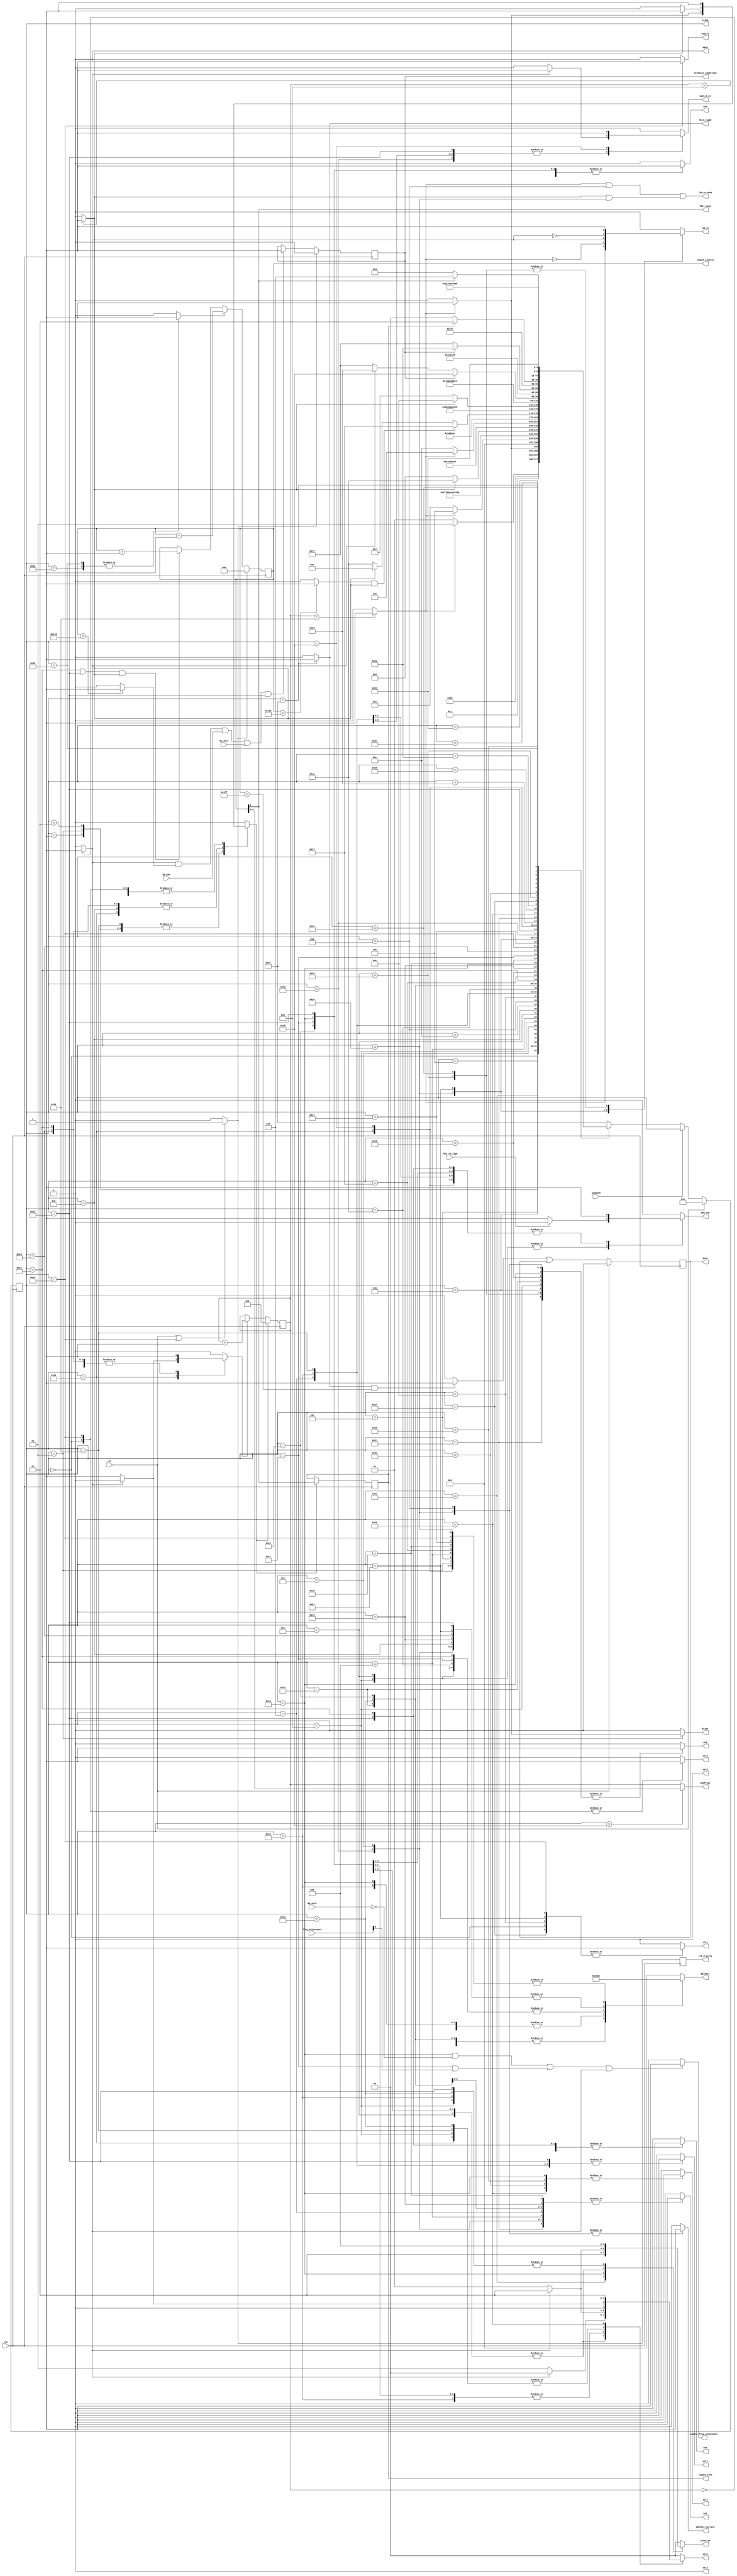
//////////////////////////////////////////////////////////////////////////////////
// Company: COSIC KU Leuven
// 
// Design Name: 
// Module Name:    scalarconv_tnaf 
// Project Name: 
// Target Devices: 
// Tool versions: 
// Description: 
//
// Dependencies: 
//
// Revision: 
// Revision 0.01 - File Created
// Additional Comments: 
//
//////////////////////////////////////////////////////////////////////////////////
module scalarconv_tnaf(clk, rst, suspend, Tbit_no_sign, b0_one, b1_zero, M4_out0, flag_adjustment,
			rst_d_carry, en1, en2, clr1, clr2, sel1, sel2, sel3, sel6, sel7, Tbit_sign, mask, mask_d_en, enable_flag_adjustment,
			add_sub, carry_en, lsb_en, lsb_en_mode, address_carryin, R1set, Cen, Cshift, terminal_condition,
			BaseSel, SCOffset, wea, length_even, Tbit_ready, done, 
			state, length_counter);

						
input clk, rst;
input suspend;		// When this is high, the state-machine halts 
input Tbit_no_sign;	// used as a control for addition/subtraction during computation of b0
input b0_one, b1_zero; // used to check terminal conditions during tau-NAF generation
input M4_out0;				// used during the final adjustment after scalar multiplication.
input [1:0] flag_adjustment;

output reg rst_d_carry, en1, en2, clr1, clr2, sel1, sel7, R1set, Cen, Cshift;
output terminal_condition, enable_flag_adjustment;
output reg add_sub, lsb_en, address_carryin, wea, mask_d_en;
output reg [1:0] sel2, carry_en;
output reg [2:0] BaseSel; 
//output [3:0] ROMBaseSel;
output [4:0] SCOffset;
output sel3, sel6, Tbit_sign, mask, lsb_en_mode;
output reg length_even;	// This is 1 when the length of the TNAF generated is even.
output Tbit_ready;
output reg done;

output [5:0] state;
output [8:0] length_counter;

assign {sel3, sel6, mask} = 3'b000;
//assign ROMBaseSel = 4'd3;

reg [4:0] word_counter;
reg [8:0] length_counter;
reg [5:0] state, nextstate;
reg clr_wc, inc_wc, dec_length;

wire wc_full, wc_half, wc_zero, lc_full;
wire length_counter_large, terminal_condition_wire;	// used to check terminal conditions
reg terminal_condition;
wire done_wire;
wire rst_or_state_is30;

always @(posedge clk)
begin
	if(clr_wc)
		word_counter<=5'd0;
	else if(inc_wc)
		word_counter<=word_counter+1'b1;
	else
		word_counter<=word_counter;
end
	
always @(posedge clk)
begin
	if(rst_or_state_is30)
		length_counter <= 9'd0;
	else if(dec_length)
		length_counter <= length_counter - 1'b1;	
	else if((state==6'd22 || state==6'd35) & wc_half)
		length_counter <= length_counter + 1'b1;
	else
		length_counter <= length_counter;
end


assign wc_full = (word_counter==6'd17) ? 1'b1 : 1'b0;
assign wc_half = (word_counter==6'd8) ? 1'b1 : 1'b0;
assign wc_zero = (word_counter==6'd0) ? 1'b1 : 1'b0;
assign lc_full = (length_counter==9'd282) ? 1'b1 : 1'b0;
assign lsb_en_mode = (wc_full & (state==6'd13)) | (wc_half & (state==6'd32));
	
// check terminal conditions
assign length_counter_large = (length_counter>9'd280) ? 1'b1 : 1'b0;
assign terminal_condition_wire = wc_zero & length_counter_large & b0_one & b1_zero & (state==6'd35);
assign Tbit_sign = length_counter[0];
assign enable_flag_adjustment = (((state==6'd26 && M4_out0==1'b0)|(state==6'd28 && flag_adjustment[0]==1'b1)) & wc_zero)? 1'b1 : 1'b0;
assign rst_or_state_is30 = (rst | (state==6'd30)) ? 1'b1 : 1'b0;

always @(posedge clk)
rst_d_carry <= rst_or_state_is30;

always @(posedge clk)	// delayed by one cycle to enable checking in state 36;
begin
	if(rst_or_state_is30)
		terminal_condition<=1'b0;
	else if(terminal_condition_wire)
		terminal_condition<=1'b1;
	else 
		terminal_condition<=terminal_condition;
end
always @(posedge clk)
begin
	if(clr_wc)	// This is 1 for the last time in state42
		length_even<=length_counter[0];
	else	
		length_even<=length_even;
end
		
always @(posedge clk)
begin
	if(rst)
		state<=6'd0;
	else if(suspend)
		state<=state;
	else
		state<=nextstate;
end		


always @(state or wc_full or wc_half or wc_zero or M4_out0 or flag_adjustment[0] or Tbit_no_sign)
begin
	case(state)
	6'd0: begin		// RST state; CL<--0;
			en1<=1'b0; en2<=1'b0; clr1<=1'b1; clr2<=1'b1; clr_wc<=1'b1; inc_wc<=1'b0; dec_length<=1'b0;
			BaseSel<=3'd0; sel1<=1'b0; sel2<=2'd0; sel7<=1'b0; add_sub<=1'b0; carry_en<=2'd0; lsb_en<=1'b0;
			R1set<=1'b0; Cen<=1'b1; Cshift<=1'b0; address_carryin<=1'b0; wea<=1'b0; mask_d_en<=1'b0;
			end

	////////	 Start of Initial Loading		////////
	6'd1: begin		// Load 0 in d1 (address 18..);
			en1<=1'b0; en2<=1'b0; clr1<=1'b0; clr2<=1'b0; inc_wc<=1'b1; dec_length<=1'b0;
			BaseSel<=3'd1; sel1<=1'b0; sel2<=2'd0; sel7<=1'b0; add_sub<=1'b0; carry_en<=2'd0; lsb_en<=1'b0;
			R1set<=1'b0; Cen<=1'b0; Cshift<=1'b0; address_carryin<=1'b0; wea<=1'b1; mask_d_en<=1'b0;
			if(wc_full) clr_wc<=1'b1; else clr_wc<=1'b0;
			end

	6'd2: begin		// Load 0 in {b0, b1} (address 208..);
			en1<=1'b0; en2<=1'b0; clr1<=1'b0; clr2<=1'b0; inc_wc<=1'b1; dec_length<=1'b0;
			BaseSel<=3'd2; sel1<=1'b0; sel2<=2'd0; sel7<=1'b0; add_sub<=1'b0; carry_en<=2'd0; lsb_en<=1'b0;
			R1set<=1'b0; Cen<=1'b1; Cshift<=1'b0; address_carryin<=1'b0; wea<=1'b1; mask_d_en<=1'b0;
			if(wc_full) begin clr_wc<=1'b1; R1set<=1'b1; end
			else begin clr_wc<=1'b0; R1set<=1'b0; end
			end


	6'd3: begin		// Set a0[0]<--1 and rest of a0, a1=0 (address 54..);
			en1<=1'b0; en2<=1'b0; clr1<=1'b0; clr2<=1'b0; inc_wc<=1'b1; clr_wc<=1'b0; dec_length<=1'b0;
			BaseSel<=3'd3; sel1<=1'b0; sel2<=2'd0; sel7<=1'b0; add_sub<=1'b0; carry_en<=2'd0; lsb_en<=1'b0;
			R1set<=1'b0; Cen<=1'b1; Cshift<=1'b0; address_carryin<=1'b0; wea<=1'b1; mask_d_en<=1'b0;
			if(wc_full) clr_wc<=1'b1; else clr_wc<=1'b0;
			end

	////////	 END of Initial Loading		////////

	
	/////	Before starting computation, set the d0even flag when d0 (i.e the scalar is even)
	6'd4: begin		// Fetch d0[0];
			en1<=1'b0; en2<=1'b0; clr1<=1'b0; clr2<=1'b0; clr_wc<=1'b0; inc_wc<=1'b0; dec_length<=1'b0;
			BaseSel<=3'd0; sel1<=1'b0; sel2<=2'd0; sel7<=1'b0; add_sub<=1'b0; carry_en<=2'd0; lsb_en<=1'b0;
			R1set<=1'b0; Cen<=1'b0; Cshift<=1'b0; address_carryin<=1'b0; wea<=1'b0; mask_d_en<=1'b0;
			end
	6'd62: begin	// Update d0even flag (in ALU) using carry_en=3
			en1<=1'b0; en2<=1'b0; clr1<=1'b0; clr2<=1'b0; clr_wc<=1'b0; inc_wc<=1'b0; dec_length<=1'b0;
			BaseSel<=3'd0; sel1<=1'b0; sel2<=2'd0; sel7<=1'b0; add_sub<=1'b0; carry_en<=2'd3; lsb_en<=1'b0;
			R1set<=1'b0; Cen<=1'b0; Cshift<=1'b0; address_carryin<=1'b0; wea<=1'b0; mask_d_en<=1'b0;
			end


	//////// Computation of b0 and b1 starts  ////////
	6'd5: begin		// LSB<--d0_lsb; Fetch b0[i];
			en1<=1'b0; en2<=1'b0; clr1<=1'b0; clr2<=1'b0; clr_wc<=1'b0; inc_wc<=1'b0; dec_length<=1'b0;
			BaseSel<=3'd2; sel1<=1'b0; sel2<=2'd0; sel7<=1'b0; add_sub<=1'b0; carry_en<=2'd0; lsb_en<=1'b0;
			R1set<=1'b0; Cen<=1'b0; Cshift<=1'b0; address_carryin<=1'b0; wea<=1'b0; mask_d_en<=1'b0;
			//if(wc_zero) lsb_en<=1'b1; else lsb_en<=1'b0;
			end
	6'd6: begin		// R2<--b0[i]; Fetch a0[i];
			en1<=1'b0; en2<=1'b1; clr1<=1'b0; clr2<=1'b0; clr_wc<=1'b0; inc_wc<=1'b0; dec_length<=1'b0;
			BaseSel<=3'd3; sel1<=1'b0; sel2<=2'd0; sel7<=1'b0; add_sub<=1'b0; carry_en<=2'd0; lsb_en<=1'b0;
			R1set<=1'b0; Cen<=1'b0; Cshift<=1'b0; address_carryin<=1'b0; wea<=1'b0; mask_d_en<=1'b0;
			end
	6'd7: begin		// R1<--a0[i]; Fetch b1[i];
			en1<=1'b1; en2<=1'b0; clr1<=1'b0; clr2<=1'b0; clr_wc<=1'b0; inc_wc<=1'b0; dec_length<=1'b0;
			BaseSel<=3'd4; sel1<=1'b0; sel2<=2'd0; sel7<=1'b0; add_sub<=1'b0; carry_en<=2'd0; lsb_en<=1'b0;
			R1set<=1'b0; Cen<=1'b0; Cshift<=1'b0; address_carryin<=1'b0; wea<=1'b0; mask_d_en<=1'b0;
			end
	6'd8: begin		// CL<--b0[i]+/-a0[i]; R2<--b1[i]; Fetch a1[i];
			en1<=1'b0; en2<=1'b1; clr1<=1'b0; clr2<=1'b0; clr_wc<=1'b0; inc_wc<=1'b0; dec_length<=1'b0;
			BaseSel<=3'd5; sel1<=1'b0; sel7<=1'b0; carry_en<=2'd1; lsb_en<=1'b0;
			R1set<=1'b0; Cen<=1'b1; Cshift<=1'b0; address_carryin<=1'b0; wea<=1'b0; mask_d_en<=1'b0;
			if(wc_zero) sel2<=2'd0; else sel2<=2'd1;
			if(Tbit_no_sign) add_sub<=1'b0; else add_sub<=1'b1;
			end
	6'd9: begin		// R1<--a1[i]; RAM[b0+i]<--CL;
			en1<=1'b1; en2<=1'b0; clr1<=1'b0; clr2<=1'b0; clr_wc<=1'b0; inc_wc<=1'b0; dec_length<=1'b0;
			BaseSel<=3'd2; sel1<=1'b0; sel2<=2'd0; sel7<=1'b0; add_sub<=1'b0; carry_en<=2'd0; lsb_en<=1'b0;
			R1set<=1'b0; Cen<=1'b0; Cshift<=1'b0; address_carryin<=1'b0; wea<=1'b1; mask_d_en<=1'b0;
			//if(LSB_store) BaseSel<=3'd2; else BaseSel<=3'd6;
			end
	6'd10:begin		// CL<--b1[i]+/-a1[i]; 
			en1<=1'b0; en2<=1'b0; clr1<=1'b0; clr2<=1'b0; clr_wc<=1'b0; inc_wc<=1'b0; dec_length<=1'b0;
			BaseSel<=3'd5; sel1<=1'b0; sel7<=1'b0; carry_en<=2'd2; lsb_en<=1'b0;
			R1set<=1'b0; Cen<=1'b1; Cshift<=1'b0; address_carryin<=1'b0; wea<=1'b0; mask_d_en<=1'b0;
			if(wc_zero) sel2<=2'd0; else sel2<=2'd2;
			if(Tbit_no_sign) add_sub<=1'b0; else add_sub<=1'b1;
			end
	6'd11:begin		// RAM[b1+i]<--CL; Increment wc;
			en1<=1'b0; en2<=1'b0; clr1<=1'b0; clr2<=1'b0; inc_wc<=1'b1; dec_length<=1'b0;
			BaseSel<=3'd4; sel1<=1'b0; sel2<=2'd0; sel7<=1'b0; add_sub<=1'b0; carry_en<=2'd0; lsb_en<=1'b0;
			R1set<=1'b0; Cen<=1'b0; Cshift<=1'b0; address_carryin<=1'b0; wea<=1'b1; mask_d_en<=1'b0;
			if(wc_half) clr_wc<=1'b1; else clr_wc<=1'b0; 	
			//if(LSB_store) BaseSel<=3'd4; else BaseSel<=3'd6;			
			end
			
			
	//////// Computation of d0 and d1 starts  ////////
	6'd12: begin		// Fetch d0[i];
			en1<=1'b0; en2<=1'b0; clr1<=1'b0; clr2<=1'b0; clr_wc<=1'b0; inc_wc<=1'b0; dec_length<=1'b0;
			BaseSel<=3'd0; sel1<=1'b0; sel2<=2'd0; sel7<=1'b0; add_sub<=1'b0; carry_en<=2'd0; lsb_en<=1'b0;
			R1set<=1'b0; Cen<=1'b0; Cshift<=1'b0; address_carryin<=1'b0; wea<=1'b0; mask_d_en<=1'b0;
			end
	6'd13: begin		// Fetch d0[i+1]; R2<--d0[i];
			en1<=1'b0; en2<=1'b1; clr1<=1'b0; clr2<=1'b0; clr_wc<=1'b0; inc_wc<=1'b0; dec_length<=1'b0;
			BaseSel<=3'd0; sel1<=1'b0; sel2<=2'd0; sel7<=1'b0; add_sub<=1'b0; carry_en<=2'd0; lsb_en<=1'b0^wc_full;
			R1set<=1'b0; Cen<=1'b0; Cshift<=1'b0; address_carryin<=1'b1; wea<=1'b0; mask_d_en<=1'b0;
			end
	6'd14: begin		// LSB<--d0[i+1][0]; Fetch d1[i]; Clr R1;
			en1<=1'b0; en2<=1'b0; clr1<=1'b1; clr2<=1'b0; clr_wc<=1'b0; inc_wc<=1'b0; dec_length<=1'b0;
			BaseSel<=3'd1; sel1<=1'b0; sel2<=2'd0; sel7<=1'b0; add_sub<=1'b0; carry_en<=2'd0; lsb_en<=1'b1^wc_full;
			R1set<=1'b0; Cen<=1'b0; Cshift<=1'b0; address_carryin<=1'b0; wea<=1'b0; mask_d_en<=1'b0;
			end
	6'd15: begin		// CL<--d0/2; R1<--d1[i];
			en1<=1'b1; en2<=1'b0; clr1<=1'b0; clr2<=1'b0; clr_wc<=1'b0; inc_wc<=1'b0; dec_length<=1'b0;
			BaseSel<=3'd1; sel1<=1'b1; sel2<=2'd0; sel7<=1'b0; add_sub<=1'b0; carry_en<=2'd0; lsb_en<=1'b0;
			R1set<=1'b0; Cen<=1'b1; Cshift<=1'b0; address_carryin<=1'b0; wea<=1'b0;
				if(wc_zero) mask_d_en<=1'b1; else mask_d_en<=1'b0;
			end
	6'd16: begin		// RAM[d1+i]<--CL; CL<--d0/2-d1;
			en1<=1'b0; en2<=1'b0; clr1<=1'b0; clr2<=1'b0; clr_wc<=1'b0; inc_wc<=1'b0; dec_length<=1'b0;
			BaseSel<=3'd1; sel1<=1'b1; sel7<=1'b0; add_sub<=1'b1; carry_en<=2'd1; lsb_en<=1'b0;
			R1set<=1'b0; Cen<=1'b1; Cshift<=1'b0; address_carryin<=1'b0; wea<=1'b1;
			if(wc_zero) begin mask_d_en<=1'b1; sel2<=2'd3;	end
			else begin mask_d_en<=1'b0; sel2<=2'd1;	end
			end
	6'd17: begin		// RAM[d0+i]<--CL; Increment wc;
			en1<=1'b0; en2<=1'b0; clr1<=1'b0; clr2<=1'b0; inc_wc<=1'b1; dec_length<=1'b0;
			BaseSel<=3'd0; sel1<=1'b1; sel7<=1'b0; add_sub<=1'b1; carry_en<=2'd0; lsb_en<=1'b0;
			R1set<=1'b0; Cen<=1'b0; Cshift<=1'b0; address_carryin<=1'b0; wea<=1'b1; mask_d_en<=1'b0;
			if(wc_full) clr_wc<=1'b1; else clr_wc<=1'b0;
			if(wc_zero) sel2<=2'd0;	else sel2<=2'd1;
			end

	//////// End : d0 and d1  ////////
	
	//////////////////////////////////////////////////
	//////// Computation of a0 and a1 starts  ////////
	6'd18:begin		// Fetch a1[i];
			en1<=1'b0; en2<=1'b0; clr1<=1'b0; clr2<=1'b0; clr_wc<=1'b0; inc_wc<=1'b0; dec_length<=1'b0;
			BaseSel<=3'd5; sel1<=1'b0; sel2<=2'd0; sel7<=1'b0; add_sub<=1'b0; carry_en<=2'd0; lsb_en<=1'b0;
			R1set<=1'b0; Cen<=1'b0; Cshift<=1'b0; address_carryin<=1'b0; wea<=1'b0; mask_d_en<=1'b0;
			end
	6'd19:begin		// R1,R2<--a1[i]; Fetch a0[i];
			en1<=1'b1; en2<=1'b1; clr1<=1'b0; clr2<=1'b0; clr_wc<=1'b0; inc_wc<=1'b0; dec_length<=1'b0;
			BaseSel<=3'd3; sel1<=1'b0; sel2<=2'd0; sel7<=1'b0; add_sub<=1'b0; carry_en<=2'd0; lsb_en<=1'b0;
			R1set<=1'b0; Cen<=1'b0; Cshift<=1'b0; address_carryin<=1'b0; wea<=1'b0; mask_d_en<=1'b0;
			end
	6'd20:begin		// CL<--2a1; R1<--a0[i];
			en1<=1'b1; en2<=1'b0; clr1<=1'b0; clr2<=1'b0; clr_wc<=1'b0; inc_wc<=1'b0; dec_length<=1'b0;
			BaseSel<=3'd3; sel1<=1'b0; sel7<=1'b0; add_sub<=1'b0; carry_en<=2'd1; lsb_en<=1'b0;
			R1set<=1'b0; Cen<=1'b1; Cshift<=1'b0; address_carryin<=1'b0; wea<=1'b0; mask_d_en<=1'b0;
			if(wc_zero) sel2<=2'd0; else sel2<=2'd1;
			end
	6'd21:begin		// RAM[a0+i]<--CL; CL<--a1[i]-a0[i];
			en1<=1'b0; en2<=1'b0; clr1<=1'b0; clr2<=1'b0; clr_wc<=1'b0; inc_wc<=1'b0; dec_length<=1'b0;
			BaseSel<=3'd3; sel1<=1'b0; sel7<=1'b0; add_sub<=1'b1; carry_en<=2'd2; lsb_en<=1'b0;
			R1set<=1'b0; Cen<=1'b1; Cshift<=1'b0; address_carryin<=1'b0; wea<=1'b1; mask_d_en<=1'b0;
			if(wc_zero) sel2<=2'd0; else sel2<=2'd2;
			end
	6'd22:begin		// RAM[a1+i]<--CL; Increment wc;
			en1<=1'b0; en2<=1'b0; clr1<=1'b0; clr2<=1'b0; inc_wc<=1'b1; dec_length<=1'b0;
			BaseSel<=3'd5; sel1<=1'b0; sel2<=2'd0; sel7<=1'b0; add_sub<=1'b1; carry_en<=2'd0; lsb_en<=1'b0;
			R1set<=1'b0; Cen<=1'b0; Cshift<=1'b0; address_carryin<=1'b0; wea<=1'b1; mask_d_en<=1'b0;
			if(wc_half) clr_wc<=1'b1; else clr_wc<=1'b0;
			end			
	//////// Computation of a0 and a1 ENDS  ////////


			
	//////// final step : b0<--b0-d0; b1<--b1-d1 ////////		
	//////// FINAL ADDITION PENDING
	6'd23:begin		// Fetch b0[i];
			en1<=1'b0; en2<=1'b0; clr1<=1'b0; clr2<=1'b0; clr_wc<=1'b0; inc_wc<=1'b0; dec_length<=1'b0;
			BaseSel<=3'd2; sel1<=1'b0; sel2<=2'd0; sel7<=1'b0; add_sub<=1'b0; carry_en<=2'd0; lsb_en<=1'b0;
			R1set<=1'b0; Cen<=1'b0; Cshift<=1'b0; address_carryin<=1'b0; wea<=1'b0; mask_d_en<=1'b0;
			end
	6'd24:begin		// R2<--b0[i]; Fetch d0[i];
			en1<=1'b0; en2<=1'b1; clr1<=1'b0; clr2<=1'b0; clr_wc<=1'b0; inc_wc<=1'b0; dec_length<=1'b0;
			BaseSel<=3'd0; sel1<=1'b0; sel2<=2'd0; sel7<=1'b0; add_sub<=1'b0; carry_en<=2'd0; lsb_en<=1'b0;
			R1set<=1'b0; Cen<=1'b0; Cshift<=1'b0; address_carryin<=1'b0; wea<=1'b0; mask_d_en<=1'b0;
			end
	6'd25:begin		// R1<--d0[i]; Fetch b1[i];
			en1<=1'b1; en2<=1'b0; clr1<=1'b0; clr2<=1'b0; clr_wc<=1'b0; inc_wc<=1'b0; dec_length<=1'b0;
			BaseSel<=3'd4; sel1<=1'b0; sel2<=2'd0; sel7<=1'b0; add_sub<=1'b0; carry_en<=2'd0; lsb_en<=1'b0; 
			R1set<=1'b0; Cen<=1'b0; Cshift<=1'b0; address_carryin<=1'b0; wea<=1'b0; mask_d_en<=1'b0;
			end
	6'd26:begin		// CL<--b0[i]-d0[i]; R2<--b1[i]; Fetch d1[i];
			en1<=1'b0; en2<=1'b1; clr1<=1'b0; clr2<=1'b0; clr_wc<=1'b0; inc_wc<=1'b0; dec_length<=1'b0;
			BaseSel<=3'd1; sel1<=1'b0; sel7<=1'b1; add_sub<=1'b1; lsb_en<=1'b0;
			R1set<=1'b0; Cen<=1'b1; Cshift<=1'b0; address_carryin<=1'b0; wea<=1'b0; mask_d_en<=1'b0;
			if(wc_zero) begin sel2<=2'd3; carry_en<=2'd3; end
			else begin sel2<=2'd1; carry_en<=2'd1; end
			end
	6'd27:begin		// R1<--d1[i]; RAM[b0+i]<--CL;
			en1<=1'b1; en2<=1'b0; clr1<=1'b0; clr2<=1'b0; clr_wc<=1'b0; inc_wc<=1'b0; dec_length<=1'b0;
			BaseSel<=3'd2; sel1<=1'b0; sel2<=2'd0; sel7<=1'b0; add_sub<=1'b0; carry_en<=2'd0; lsb_en<=1'b0;
			R1set<=1'b0; Cen<=1'b0; Cshift<=1'b0; address_carryin<=1'b0; wea<=1'b1; mask_d_en<=1'b0;
			end
	6'd28:begin		// CL<--b1[i]-d1[i]; 
			en1<=1'b0; en2<=1'b0; clr1<=1'b0; clr2<=1'b0; clr_wc<=1'b0; inc_wc<=1'b0; dec_length<=1'b0;
			BaseSel<=3'd5; sel1<=1'b0; sel7<=1'b0; add_sub<=1'b1; carry_en<=2'd2; lsb_en<=1'b0;
			R1set<=1'b0; Cen<=1'b1; Cshift<=1'b0; address_carryin<=1'b0; wea<=1'b0; mask_d_en<=1'b0;
			if(wc_zero) sel2<=2'd0; else sel2<=2'd2;
			end
	6'd29:begin		// RAM[b1+i]<--CL; Increment wc;
			en1<=1'b0; en2<=1'b0; clr1<=1'b0; clr2<=1'b0; inc_wc<=1'b1; dec_length<=1'b0;
			BaseSel<=3'd4; sel1<=1'b0; sel2<=2'd0; sel7<=1'b0; add_sub<=1'b0; carry_en<=2'd0; lsb_en<=1'b0;
			R1set<=1'b0; Cen<=1'b0; Cshift<=1'b0; address_carryin<=1'b0; wea<=1'b1; mask_d_en<=1'b0;
			if(wc_half) clr_wc<=1'b1; else clr_wc<=1'b0; 	
			end
	//////// END of final step : b0<--b0-d0; b1<--b1-d1 ////////		


	////////////////////////////////////////////////////////////////
	////////////////////////////////////////////////////////////////
	/////		Start of zero-free TNAF generation from b0,b1	///////
	////////////////////////////////////////////////////////////////
	6'd30:begin		// GAP State
			en1<=1'b0; en2<=1'b0; clr1<=1'b1; clr2<=1'b1; clr_wc<=1'b1; inc_wc<=1'b0; dec_length<=1'b0;
			BaseSel<=3'd2; sel1<=1'b0; sel2<=2'd0; sel7<=1'b0; add_sub<=1'b0; carry_en<=2'd0; lsb_en<=1'b0;
			R1set<=1'b0; Cen<=1'b0; Cshift<=1'b1; address_carryin<=1'b0; wea<=1'b0; mask_d_en<=1'b0;
			end


	//////// Computation of b0 and b1 starts ////////
	6'd31:begin		// Fetch b0[i];
			en1<=1'b0; en2<=1'b0; clr1<=1'b0; clr2<=1'b0; clr_wc<=1'b0; inc_wc<=1'b0; dec_length<=1'b0;
			BaseSel<=3'd2; sel1<=1'b0; sel2<=2'd0; sel7<=1'b0; add_sub<=1'b0; carry_en<=2'd0; lsb_en<=1'b0;
			R1set<=1'b0; Cen<=1'b0; Cshift<=1'b0; address_carryin<=1'b0; wea<=1'b0; mask_d_en<=1'b0;
			end
	6'd32:begin		// Fetch b0[i+1]; R2<--b0[i];
			en1<=1'b0; en2<=1'b1; clr1<=1'b0; clr2<=1'b0; clr_wc<=1'b0; inc_wc<=1'b0; dec_length<=1'b0;
			BaseSel<=3'd2; sel1<=1'b0; sel2<=2'd0; sel7<=1'b0; add_sub<=1'b0; carry_en<=2'd0; lsb_en<=1'b0^wc_half;
			R1set<=1'b0; Cen<=1'b0; Cshift<=1'b0; address_carryin<=1'b1; wea<=1'b0; mask_d_en<=1'b0;
			end
	6'd33:begin		// LSB<--b0[i+1][0]; Fetch b1[i]; Clr R1;
			en1<=1'b0; en2<=1'b0; clr1<=1'b1; clr2<=1'b0; clr_wc<=1'b0; inc_wc<=1'b0; dec_length<=1'b0;
			BaseSel<=3'd4; sel1<=1'b0; sel2<=2'd0; sel7<=1'b0; add_sub<=1'b0; carry_en<=2'd0; lsb_en<=1'b1^wc_half;
			R1set<=1'b0; Cen<=1'b0; Cshift<=1'b0; address_carryin<=1'b0; wea<=1'b0; mask_d_en<=1'b0;
			end
	6'd34:begin		// CL<--b0/2; R1<--b1[i];
			en1<=1'b1; en2<=1'b0; clr1<=1'b0; clr2<=1'b0; clr_wc<=1'b0; inc_wc<=1'b0; dec_length<=1'b0;
			BaseSel<=3'd4; sel1<=1'b1; sel2<=2'd0; sel7<=1'b0; add_sub<=1'b0; carry_en<=2'd0; lsb_en<=1'b0;
			R1set<=1'b0; Cen<=1'b1; Cshift<=1'b0; address_carryin<=1'b0; wea<=1'b0;
				if(wc_zero) mask_d_en<=1'b1; else mask_d_en<=1'b0; 
			end
	6'd35:begin		// RAM[b1+i]<--CL; CL<--b0/2-b1;
			en1<=1'b0; en2<=1'b0; clr1<=1'b0; clr2<=1'b0; clr_wc<=1'b0; inc_wc<=1'b0; dec_length<=1'b0;
			BaseSel<=3'd4; sel1<=1'b1; sel7<=1'b0; add_sub<=1'b1; carry_en<=2'd1; lsb_en<=1'b0;
			R1set<=1'b0; Cen<=1'b1; Cshift<=1'b0; address_carryin<=1'b0; wea<=1'b1;
			//if(wc_zero) sel2<=2'd0; else sel2<=2'd1;
				if(wc_zero) begin mask_d_en<=1'b1; sel2<=2'd3; end
				else begin mask_d_en<=1'b0; sel2<=2'd1; end
			end
	6'd36:begin		// RAM[b0+i]<--CL; Increment wc;
			en1<=1'b0; en2<=1'b0; clr1<=1'b0; clr2<=1'b0; dec_length<=1'b0;
			BaseSel<=3'd2; sel1<=1'b1; sel7<=1'b0; add_sub<=1'b1; carry_en<=2'd0; lsb_en<=1'b0;
			R1set<=1'b0; Cen<=1'b0; Cshift<=1'b0; address_carryin<=1'b0; wea<=1'b1; mask_d_en<=1'b0;
			if(wc_half) clr_wc<=1'b1; else clr_wc<=1'b0;
			if(wc_zero) begin sel2<=2'd0; inc_wc<=1'b0; end 
			else begin sel2<=2'd1; inc_wc<=1'b1; end
			end
	//////// END : Computation of b0 and b1 	////////
	6'd37:begin		// Final tau-NAF bit;
			en1<=1'b0; en2<=1'b0; clr1<=1'b0; clr2<=1'b0; clr_wc<=1'b1; inc_wc<=1'b0; dec_length<=1'b0;
			BaseSel<=3'd2; sel1<=1'b1; sel2<=2'd0; sel7<=1'b0; add_sub<=1'b1; carry_en<=2'd0; lsb_en<=1'b0;
			R1set<=1'b0; Cen<=1'b0; Cshift<=1'b0; address_carryin<=1'b0; wea<=1'b0; mask_d_en<=1'b1;
			end


	//////// Start : Load the T-bit in the words of d0 (starting from d0[i] ///////
	6'd38: begin		// Fetch d0[i]; i<--index(length_counter)
			en1<=1'b0; en2<=1'b0; clr1<=1'b0; clr2<=1'b0; clr_wc<=1'b0; inc_wc<=1'b0; dec_length<=1'b0;
			BaseSel<=3'd0; sel1<=1'b0; sel2<=2'd0; sel7<=1'b0; add_sub<=1'b0; carry_en<=2'd0; lsb_en<=1'b0;
			R1set<=1'b0; Cen<=1'b0; Cshift<=1'b0; address_carryin<=1'b0; wea<=1'b0; mask_d_en<=1'b0;
			end
	6'd39: begin		// R2, R1<--d0[i]; 
			en1<=1'b1; en2<=1'b1; clr1<=1'b0; clr2<=1'b0; clr_wc<=1'b0; inc_wc<=1'b0; dec_length<=1'b0;
			BaseSel<=3'd0; sel1<=1'b0; sel2<=2'd0; sel7<=1'b0; add_sub<=1'b0; carry_en<=2'd0; lsb_en<=1'b0;
			R1set<=1'b0; Cen<=1'b0; Cshift<=1'b0; address_carryin<=1'b0; wea<=1'b0; mask_d_en<=1'b0;
			end
	6'd40: begin		// CL<--R2+R1+Tbit={d0[i],Tbit}; 
			en1<=1'b0; en2<=1'b0; clr1<=1'b0; clr2<=1'b0; clr_wc<=1'b0; inc_wc<=1'b0; dec_length<=1'b0;
			BaseSel<=3'd0; sel1<=1'b0; sel2<=2'd3; sel7<=1'b1; add_sub<=1'b0; carry_en<=2'd0; lsb_en<=1'b0;
			R1set<=1'b0; Cen<=1'b1; Cshift<=1'b0; address_carryin<=1'b0; wea<=1'b0; mask_d_en<=1'b0;
			end
	6'd41: begin		// RAM[&d0+i]<--CL; Increment wc
			en1<=1'b0; en2<=1'b0; clr1<=1'b0; clr2<=1'b0; clr_wc<=1'b0; inc_wc<=1'b1; dec_length<=1'b0;
			BaseSel<=3'd0; sel1<=1'b1; sel2<=2'd0; sel7<=1'b0; add_sub<=1'b0; carry_en<=2'd0; lsb_en<=1'b0;
			R1set<=1'b0; Cen<=1'b1; Cshift<=1'b0; address_carryin<=1'b0; wea<=1'b1; mask_d_en<=1'b0;
			end

//////////////////////////////////////////////////////////////////////
	//////// Start : Generate T-NAF from MSB to LSB ///////
	6'd42: begin		// Clear counter wc; This unique state is also used to store the length bit.
			en1<=1'b0; en2<=1'b0; clr1<=1'b0; clr2<=1'b0; clr_wc<=1'b1; inc_wc<=1'b0; dec_length<=1'b0;
			BaseSel<=3'd0; sel1<=1'b0; sel2<=2'd0; sel7<=1'b0; add_sub<=1'b0; carry_en<=2'd0; lsb_en<=1'b0;
			R1set<=1'b0; Cen<=1'b0; Cshift<=1'b0; address_carryin<=1'b0; wea<=1'b0; mask_d_en<=1'b0;
			end

	///// Start generating only one tnaf bit when the length is odd
	6'd47:begin		// Fetch d0[i]; i<--index(length_counter); Clear R1;  
			en1<=1'b0; en2<=1'b0; clr1<=1'b1; clr2<=1'b0; clr_wc<=1'b0; inc_wc<=1'b0; dec_length<=1'b0;
			BaseSel<=3'd0; sel1<=1'b0; sel2<=2'd0; sel7<=1'b0; add_sub<=1'b0; carry_en<=2'd0; lsb_en<=1'b0;
			R1set<=1'b0; Cen<=1'b0; Cshift<=1'b0; address_carryin<=1'b0; wea<=1'b0; mask_d_en<=1'b0;
			end
	6'd48:begin		// R2<--d0[i]; Store lsb;
			en1<=1'b0; en2<=1'b1; clr1<=1'b0; clr2<=1'b0; clr_wc<=1'b0; inc_wc<=1'b0; dec_length<=1'b0;
			BaseSel<=3'd0; sel1<=1'b0; sel2<=2'd0; sel7<=1'b0; add_sub<=1'b0; carry_en<=2'd0; lsb_en<=1'b1;
			R1set<=1'b0; Cen<=1'b0; Cshift<=1'b0; address_carryin<=1'b0; wea<=1'b0; mask_d_en<=1'b0;
			end
	6'd49:begin		// CL<--{x,d0/2};
			en1<=1'b0; en2<=1'b0; clr1<=1'b0; clr2<=1'b0; clr_wc<=1'b0; inc_wc<=1'b0; dec_length<=1'b0;
			BaseSel<=3'd0; sel1<=1'b1; sel2<=2'd0; sel7<=1'b1; add_sub<=1'b0; carry_en<=2'd0; lsb_en<=1'b0;
			R1set<=1'b0; Cen<=1'b1; Cshift<=1'b0; address_carryin<=1'b0; wea<=1'b0; mask_d_en<=1'b0;
			end
	6'd50:begin		// RAM[&d0+i]<--CL; Decrement length; 
			en1<=1'b0; en2<=1'b0; clr1<=1'b0; clr2<=1'b0; clr_wc<=1'b0; inc_wc<=1'b0; dec_length<=1'b1;
			BaseSel<=3'd0; sel1<=1'b1; sel2<=2'd0; sel7<=1'b0; add_sub<=1'b0; carry_en<=2'd0; lsb_en<=1'b0;
			R1set<=1'b0; Cen<=1'b1; Cshift<=1'b0; address_carryin<=1'b0; wea<=1'b1; mask_d_en<=1'b0;
			end	

	///// Start generating pair of tnaf bits 
	6'd51:begin		// Fetch d0[i]; i<--index(length_counter);  
			en1<=1'b0; en2<=1'b0; clr1<=1'b0; clr2<=1'b0; clr_wc<=1'b0; inc_wc<=1'b0; dec_length<=1'b0;
			BaseSel<=3'd0; sel1<=1'b0; sel2<=2'd0; sel7<=1'b0; add_sub<=1'b0; carry_en<=2'd0; lsb_en<=1'b0;
			R1set<=1'b0; Cen<=1'b0; Cshift<=1'b0; address_carryin<=1'b0; wea<=1'b0; mask_d_en<=1'b0;
			end
	6'd52:begin		// R2<--d0[i]; Store lsb;
			en1<=1'b0; en2<=1'b1; clr1<=1'b0; clr2<=1'b0; clr_wc<=1'b0; inc_wc<=1'b0; dec_length<=1'b0;
			BaseSel<=3'd0; sel1<=1'b0; sel2<=2'd0; sel7<=1'b0; add_sub<=1'b0; carry_en<=2'd0; lsb_en<=1'b1;
			R1set<=1'b0; Cen<=1'b0; Cshift<=1'b0; address_carryin<=1'b0; wea<=1'b0; mask_d_en<=1'b0;
			end
	6'd53:begin		// CL<--{x,d0/2}; 
			en1<=1'b0; en2<=1'b0; clr1<=1'b0; clr2<=1'b0; clr_wc<=1'b0; inc_wc<=1'b0; dec_length<=1'b0;
			BaseSel<=3'd0; sel1<=1'b1; sel2<=2'd0; sel7<=1'b1; add_sub<=1'b0; carry_en<=2'd0; lsb_en<=1'b0;
			R1set<=1'b0; Cen<=1'b1; Cshift<=1'b0; address_carryin<=1'b0; wea<=1'b0; mask_d_en<=1'b0;
			end
	6'd54:begin		// RAM[&d0+i]<--CL; Decrement length; 
			en1<=1'b0; en2<=1'b0; clr1<=1'b0; clr2<=1'b0; clr_wc<=1'b0; inc_wc<=1'b0; dec_length<=1'b1;
			BaseSel<=3'd0; sel1<=1'b1; sel2<=2'd0; sel7<=1'b0; add_sub<=1'b0; carry_en<=2'd0; lsb_en<=1'b0;
			R1set<=1'b0; Cen<=1'b1; Cshift<=1'b0; address_carryin<=1'b0; wea<=1'b1; mask_d_en<=1'b0;
			end
	6'd55:begin		// Check length; 
			en1<=1'b0; en2<=1'b0; clr1<=1'b0; clr2<=1'b0; clr_wc<=1'b0; inc_wc<=1'b0; dec_length<=1'b0;
			BaseSel<=3'd0; sel1<=1'b1; sel2<=2'd0; sel7<=1'b0; add_sub<=1'b0; carry_en<=2'd0; lsb_en<=1'b0;
			R1set<=1'b0; Cen<=1'b0; Cshift<=1'b0; address_carryin<=1'b0; wea<=1'b0; mask_d_en<=1'b0;
			end



//////////////////////////////////////////////////////////////////////
//////////////////////////////////////////////////////////////////////

	6'd63:begin		// END or Suspend
			en1<=1'b0; en2<=1'b0; clr1<=1'b0; clr2<=1'b0; clr_wc<=1'b0; inc_wc<=1'b0; dec_length<=1'b0;
			BaseSel<=3'd0; sel1<=1'b0; sel2<=2'd0; sel7<=1'b0; add_sub<=1'b0; carry_en<=2'd0; lsb_en<=1'b0;
			R1set<=1'b0; Cen<=1'b0; Cshift<=1'b0; address_carryin<=1'b0; wea<=1'b0; mask_d_en<=1'b0;
			end
	default: begin		// RST state
			en1<=1'b0; en2<=1'b0; clr1<=1'b0; clr2<=1'b0; clr_wc<=1'b0; inc_wc<=1'b0; dec_length<=1'b0;
			BaseSel<=3'd0; sel1<=1'b0; sel2<=2'd0; sel7<=1'b0; add_sub<=1'b0; carry_en<=2'd0; lsb_en<=1'b0;
			R1set<=1'b0; Cen<=1'b0; Cshift<=1'b0; address_carryin<=1'b0; wea<=1'b0; mask_d_en<=1'b0;
			end

	endcase
end	


always @(state or wc_zero or wc_full or wc_half or lc_full or terminal_condition
			or length_even or length_counter[0])
begin
	case(state)
	6'd0: nextstate<=6'd1;
	6'd1: begin	// Load d1
				if(wc_full)
					nextstate<=6'd2;
				else	
					nextstate<=6'd1;
			end	
	6'd2: begin // Load b0
				if(wc_full)
					nextstate<=6'd3;
				else
					nextstate<=6'd2;
			end
	6'd3: begin // Load a0, a1
				if(wc_full)
					nextstate<=6'd4;
				else
					nextstate<=6'd3;
			end	
	6'd4: nextstate<=6'd62;
	6'd62: nextstate<=6'd12;
	
	// states for b0, b1
	6'd5: nextstate<=6'd6;
	6'd6: nextstate<=6'd7;
	6'd7: nextstate<=6'd8;
	6'd8: nextstate<=6'd9;
	6'd9: nextstate<=6'd10;
	6'd10: nextstate<=6'd11;
	6'd11: begin
				if(wc_half)
					nextstate<=6'd18;
				else
					nextstate<=6'd5;
			end

	// states for d0, d1
	6'd12: nextstate<=6'd13;
	6'd13: nextstate<=6'd14;
	6'd14: nextstate<=6'd15;
	6'd15: nextstate<=6'd16;
	6'd16: nextstate<=6'd17;
	6'd17: begin
				if(wc_full)
					nextstate<=6'd5;
				else	
					nextstate<=6'd12;
			end	
		
	// states for a0, a1	
	6'd18: nextstate<=6'd19;
	6'd19: nextstate<=6'd20;
	6'd20: nextstate<=6'd21;
	6'd21: nextstate<=6'd22;	
	6'd22: begin
				if(lc_full & wc_half)
					nextstate<=6'd23;
				else if(wc_half)
					nextstate<=6'd12;
				else	
					nextstate<=6'd18;
			end

	// states for Final Addition	
	6'd23: nextstate<=6'd24;
	6'd24: nextstate<=6'd25;
	6'd25: nextstate<=6'd26;
	6'd26: nextstate<=6'd27;
	6'd27: nextstate<=6'd28;
	6'd28: nextstate<=6'd29;
	6'd29: begin
				if(wc_half)
					nextstate<=6'd30;
				else
					nextstate<=6'd23;
			end


	6'd30: nextstate<=6'd31;
	6'd31: nextstate<=6'd32;
	6'd32: nextstate<=6'd33;
	6'd33: nextstate<=6'd34;
	6'd34: nextstate<=6'd35;
	6'd35: nextstate<=6'd36;
	6'd36: begin
				if(terminal_condition)
					nextstate<=6'd37;
				else if(wc_zero)
					nextstate<=6'd38;
				else
					nextstate<=6'd31;
			end
	6'd37: nextstate<=6'd38;

	6'd38: nextstate<=6'd39;
	6'd39: nextstate<=6'd40;
	6'd40: nextstate<=6'd41;
	6'd41: begin
				if(terminal_condition)
					nextstate<=6'd42;
				else
					nextstate<=6'd31;
			end
			
			
//	6'd42: nextstate<=6'd43;			
	6'd42: nextstate<=6'd47;			
/*	6'd43: begin
				if(shifting_complete)
					nextstate<=6'd47;	
				else			
					nextstate<=6'd44;
			end
	6'd44: nextstate<=6'd45;
	6'd45: nextstate<=6'd46;
	6'd46: nextstate<=6'd43;	*/

	6'd47: begin
				if(length_even)
					nextstate<=6'd51;	
				else			
					nextstate<=6'd48;
			end			
	6'd48: nextstate<=6'd49;
	6'd49: nextstate<=6'd50;
	6'd50: nextstate<=6'd63;			// Go to ready state
	
	6'd51: nextstate<=6'd52;
	6'd52: nextstate<=6'd53;
	6'd53: nextstate<=6'd54;
	6'd54: nextstate<=6'd55;
	6'd55: begin
				if(length_counter[0])
					nextstate<=6'd63;		// Go to ready state
				else			
					nextstate<=6'd51;
			end

	6'd63: nextstate<=6'd51;

/*
	6'd63: begin
				if(suspend)
					nextstate<=6'd63;
				else
					nextstate<=6'd51;
			end
*/			
	default: nextstate<=6'd63;
	endcase
end
	
	
assign SCOffset = (state>6'd37) ? length_counter[8:4] : word_counter;
assign Tbit_ready = (state==6'd63) ? 1'b1 : 1'b0;
assign done_wire = (Tbit_ready & (length_counter==9'd511)) ? 1'b1 : 1'b0;

always @(posedge clk)
begin
	if(rst)
		done<=1'b0;
	else
		done<= done_wire | done;
end		

endmodule